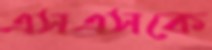
এসএসকে